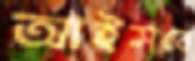
আইসবে